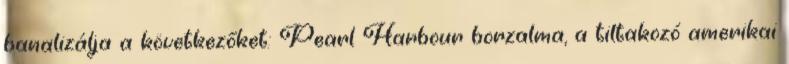
banalizálja a következőket: Pearl Harbour borzalma, a tiltakozó amerikai